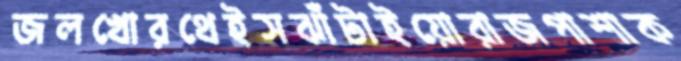
জলখোরথেইসঝাঁটাইয়োরাজপাশাক